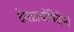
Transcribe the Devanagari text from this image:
देवप्राधोबिहिनी